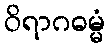
ဝိရာဂဓမ္မံ